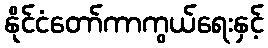
နိုင်ငံတော်ကာကွယ်ရေးနှင့်